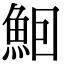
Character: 𬵈